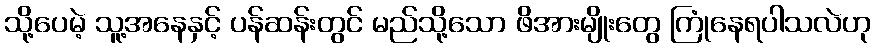
သို့ပေမဲ့ သူ့အနေနှင့် ပန်ဆန်းတွင် မည်သို့သော ဖိအားမျိုးတွေ ကြုံနေရပါသလဲဟု